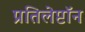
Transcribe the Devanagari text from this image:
प्रतिलेप्टॉन